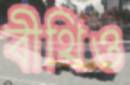
বীথিও